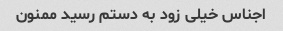
اجناس خیلی زود به دستم رسید ممنون